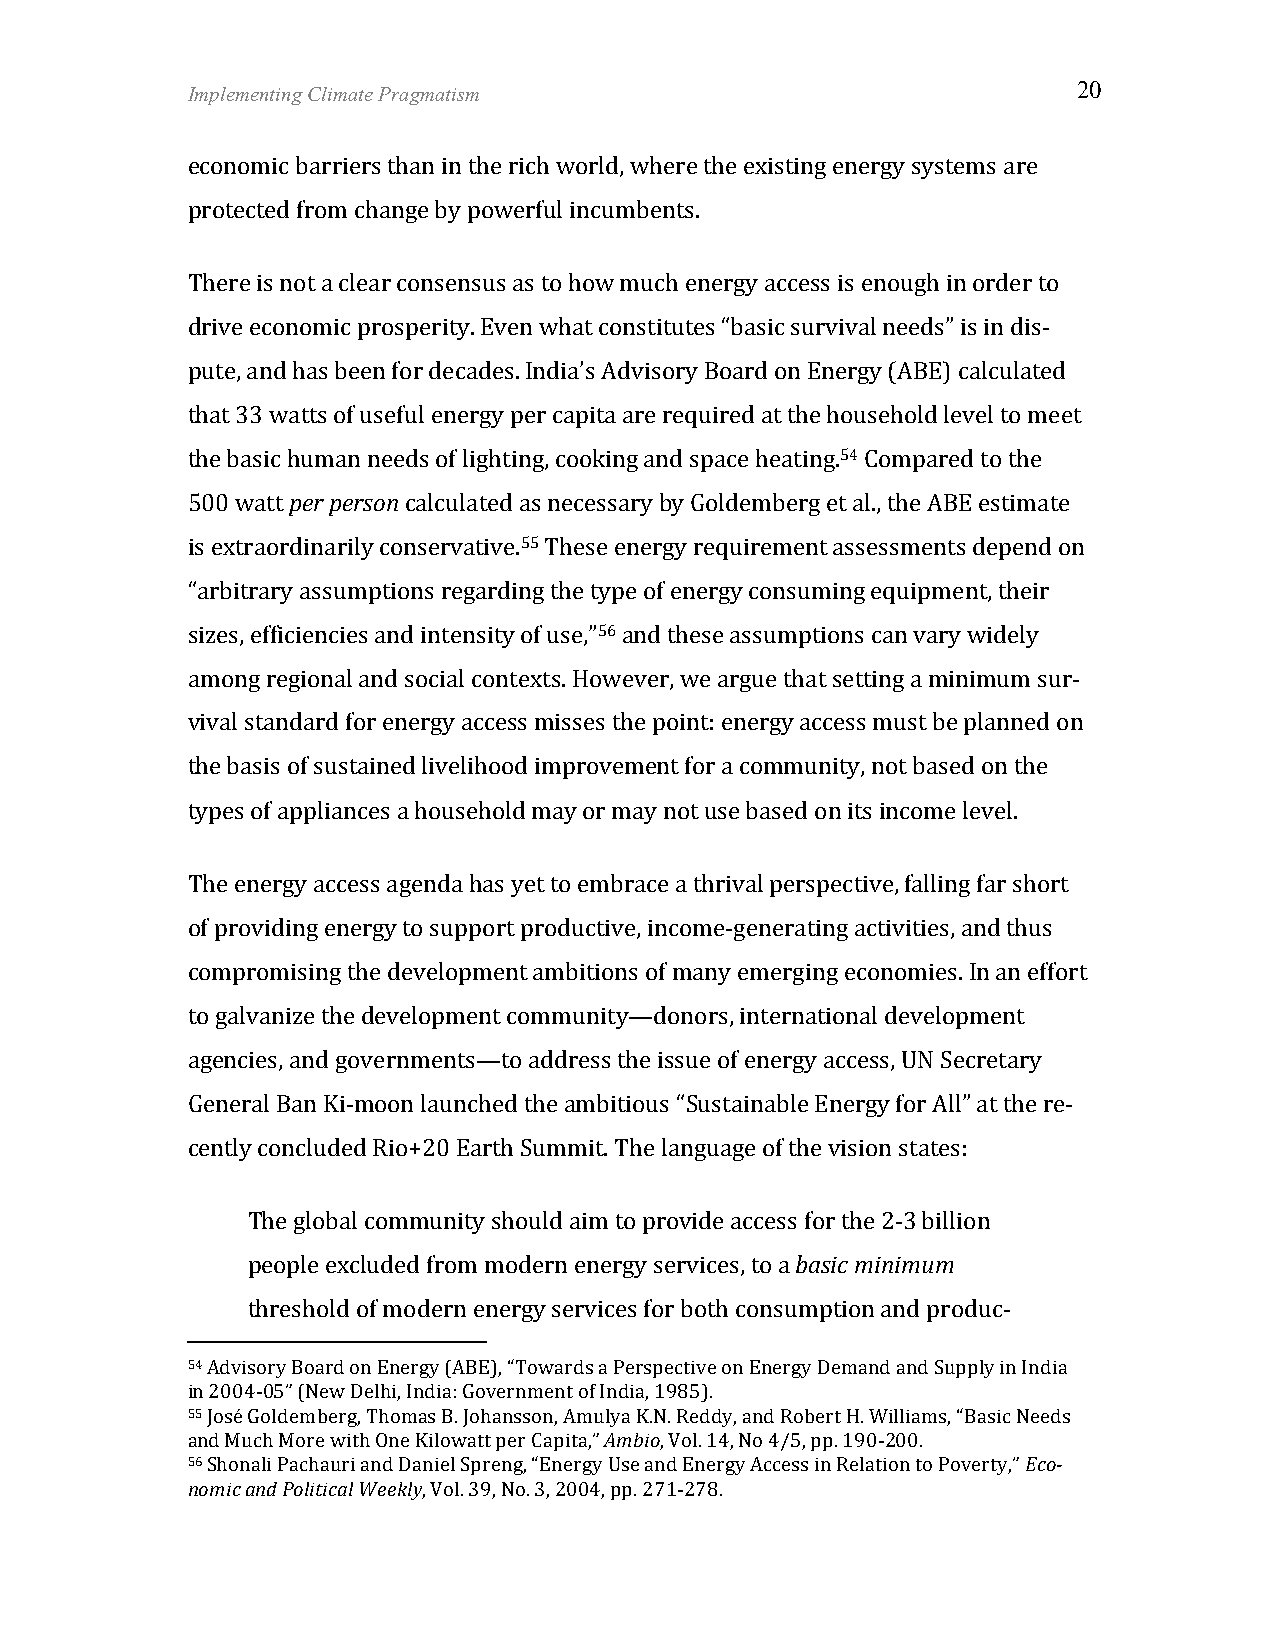
Implementing Climate Pragmatism                            20
 economic barriers than in the rich world, where the existing energy systems are
 protected from change by powerful incumbents.
 There is not a clear consensus as to how much energy access is enough in order to
 drive economic prosperity. Even what constitutes “basic survival needs” is in dis-­‐
 pute, and has been for decades. India’s Advisory Board on Energy (ABE) calculated
 that 33 watts of useful energy per capita are required at the household level to meet
 the basic human needs of lighting, cooking and space heating.54 Compared to the
 500 watt per person calculated as necessary by Goldemberg et al., the ABE estimate
 is extraordinarily conservative.55 These energy requirement assessments depend on
 “arbitrary assumptions regarding the type of energy consuming equipment, their
 sizes, efficiencies and intensity of use,”56 and these assumptions can vary widely
 among regional and social contexts. However, we argue that setting a minimum sur-­‐
 vival standard for energy access misses the point: energy access must be planned on
 the basis of sustained livelihood improvement for a community, not based on the
 types of appliances a household may or may not use based on its income level.
 The energy access agenda has yet to embrace a thrival perspective, falling far short
 of providing energy to support productive, income-­‐generating activities, and thus
 compromising the development ambitions of many emerging economies. In an effort
 to galvanize the development community—donors, international development
 agencies, and governments—to address the issue of energy access, UN Secretary
 General Ban Ki-­‐moon launched the ambitious “Sustainable Energy for All” at the re-­‐
 cently concluded Rio+20 Earth Summit. The language of the vision states:
 The global community should aim to provide access for the 2-­‐3 billion
 people excluded from modern energy services, to a basic minimum
 threshold of modern energy services for both consumption and produc-­‐
 54 Advisory Board on Energy (ABE), “Towards a Perspective on Energy Demand and Supply in India
 in 2004-­‐05” (New Delhi, India: Government of India, 1985).
 55 José Goldemberg, Thomas B. Johansson, Amulya K.N. Reddy, and Robert H. Williams, “Basic Needs
 and Much More with One Kilowatt per Capita,” Ambio, Vol. 14, No 4/5, pp. 190-­‐200.
 56 Shonali Pachauri and Daniel Spreng, “Energy Use and Energy Access in Relation to Poverty,” Eco-­‐
 nomic and Political Weekly, Vol. 39, No. 3, 2004, pp. 271-­‐278.